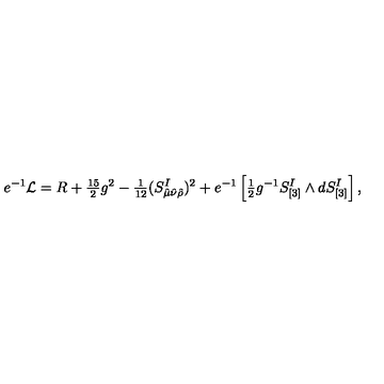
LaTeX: e ^ { - 1 } { \cal L } = R + { \textstyle { \frac { 1 5 } { 2 } } } g ^ { 2 } - { \textstyle { \frac { 1 } { 1 2 } } } ( S _ { \hat { \mu } \hat { \nu } \hat { \rho } } ^ { I } ) ^ { 2 } + e ^ { - 1 } \left[ { \textstyle { \frac { 1 } { 2 } } } g ^ { - 1 } S _ { [ 3 ] } ^ { I } \wedge d S _ { [ 3 ] } ^ { I } \right] ,